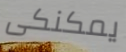
يمكنكى